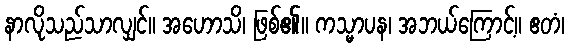
နာလိုသည်သာလျှင်။ အဟောသိ၊ ဖြစ်၏။ ကသ္မာပန၊ အဘယ်ကြောင့်။ ဧတံ၊